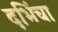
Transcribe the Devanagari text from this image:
दभिंचा